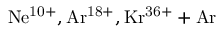
\mathrm { N e ^ { 1 0 + } , A r ^ { 1 8 + } , K r ^ { 3 6 + } + A r }